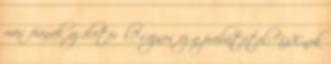
más fiának az életéről? sajnos ez a próbatétel: YX-nek